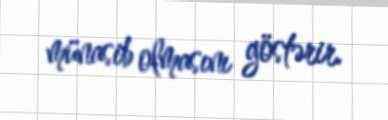
münasib olmasını göstərir.